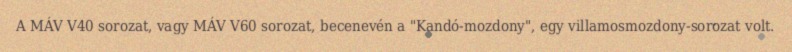
A MÁV V40 sorozat, vagy MÁV V60 sorozat, becenevén a "Kandó-mozdony", egy villamosmozdony-sorozat volt.